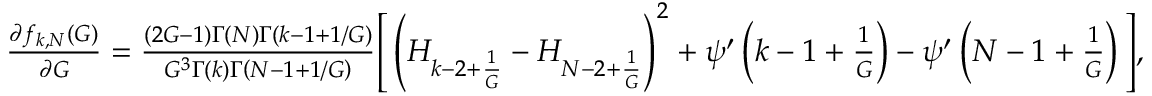
\begin{array} { r } { \frac { \partial f _ { k , N } ( G ) } { \partial G } = \frac { ( 2 G - 1 ) \Gamma ( N ) \Gamma \left( k - 1 + 1 / G \right) } { G ^ { 3 } \Gamma ( k ) \Gamma \left( N - 1 + 1 / G \right) } \Bigg [ \left( H _ { k - 2 + \frac { 1 } { G } } - H _ { N - 2 + \frac { 1 } { G } } \right) ^ { 2 } + \psi ^ { \prime } \left( k - 1 + \frac { 1 } { G } \right) - \psi ^ { \prime } \left( N - 1 + \frac { 1 } { G } \right) \Bigg ] , } \end{array}